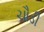
ચૌડી